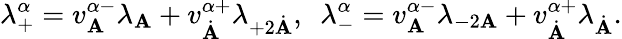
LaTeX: \lambda_{+}^{\alpha}=v_{\mathbf{A}}^{\alpha-}\lambda_{\mathbf{A}}+v_{\dot{{\mathbf{A}}}}^{\alpha+}\lambda_{+2\dot{{\mathbf{A}}}},\ \ \lambda_{-}^{\alpha}=v_{\mathbf{A}}^{\alpha-}\lambda_{-2\mathbf{A}}+v_{\dot{{\mathbf{A}}}}^{\alpha+}\lambda_{\dot{{\mathbf{A}}}}.